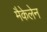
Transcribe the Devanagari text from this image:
मैकेलेन